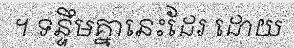
។ ទន្ទឹមគ្នានេះដែរ ដោយ